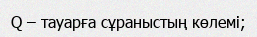
Q – тауарға сұраныстың көлемі;